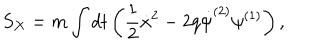
LaTeX: S _ { X } = m \int d t \left( \frac { 1 } { 2 } { \dot { x } ^ { 2 } } - 2 q \dot { \psi } ^ { ( 2 ) } \psi ^ { ( 1 ) } \right) ,